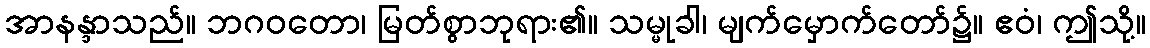
အာနန္ဒာသည်။ ဘဂဝတော၊ မြတ်စွာဘုရား၏။ သမ္မုခါ၊ မျက်မှောက်တော်၌။ ဧဝံ၊ ဤသို့။